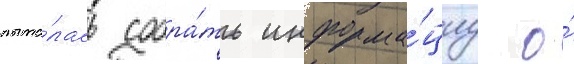
пыта́лась собра́ть информа́циу о́